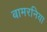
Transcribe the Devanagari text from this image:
बामरनिया